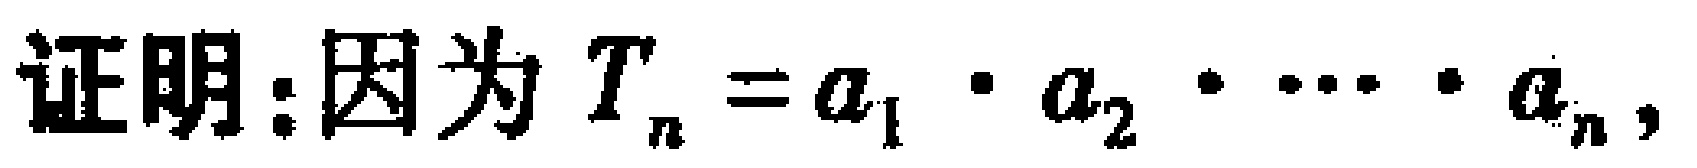
证明：因为 \(T_{n}=a_{1}\cdot a_{2}\cdot\cdots\cdot a_{n}\)，